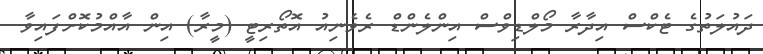
ދައުލަތުގެ ޓެކްސް އިދާރާ މޯލްޑިވްސް އިންލެންޑް ރެވެނިއު އޮތޯރިޓީ (މީރާ) އިން އާއްމުކޮށްފައިވާ